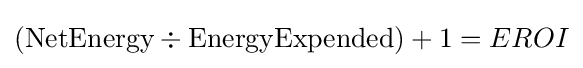
({\hbox{NetEnergy}}\div {\hbox{EnergyExpended}})+1=EROI